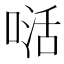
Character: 𭉉